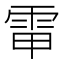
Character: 𩂘